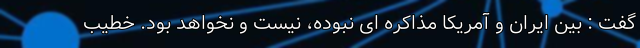
گفت : بین ایران و آمریکا مذاکره ای نبوده، نیست و نخواهد بود. خطیب